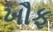
ખૌફ